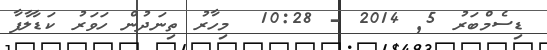
ޑިސެމްބަރު 5